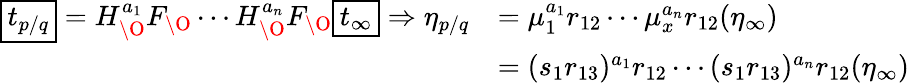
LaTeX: \begin{array}{rl}{\boxed{t_{p/q}}=H_{\O}^{a_{1}}F_{\O}\cdots H_{\O}^{a_{n}}F_{\O}\boxed{t_{\infty}}\Rightarrow\eta_{p/q}}&{=\mu_{1}^{a_{1}}r_{12}\cdots\mu_{x}^{a_{n}}r_{12}(\eta_{\infty})}\\ &{=(s_{1}r_{13})^{a_{1}}r_{12}\cdots(s_{1}r_{13})^{a_{n}}r_{12}(\eta_{\infty})}\end{array}